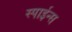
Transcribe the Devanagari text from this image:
स्पाईन्स